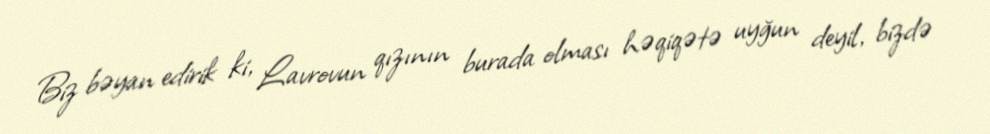
Biz bəyan edirik ki, Lavrovun qızının burada olması həqiqətə uyğun deyil, bizdə